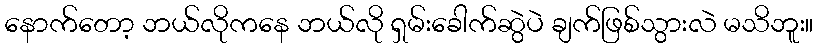
နောက်တော့ ဘယ်လိုကနေ ဘယ်လို ရှမ်းခေါက်ဆွဲပဲ ချက်ဖြစ်သွားလဲ မသိဘူး။